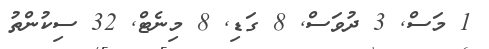
1 މަސް